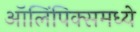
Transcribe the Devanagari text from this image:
ऑलिंपिक्समध्ये